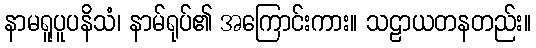
နာမရူပူပနိသံ၊ နာမ်ရုပ်၏ အကြောင်းကား။ သဠာယတနတည်း။